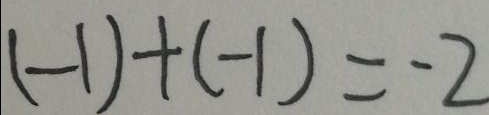
( - 1 ) + ( - 1 ) = - 2